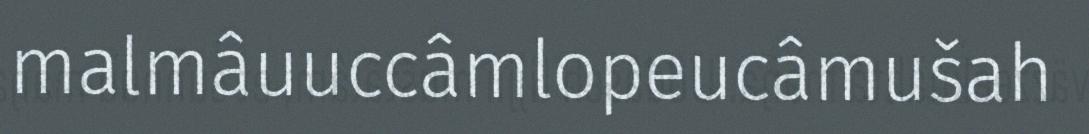
malmâuuccâmlopeucâmušah